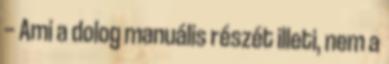
— Ami a dolog manuális részét illeti, nem a